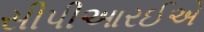
સીપીઆરઈએ